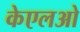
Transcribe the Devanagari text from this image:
केएलओ